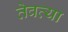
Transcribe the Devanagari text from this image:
तेवत्या